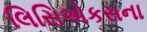
લિસિએકસના